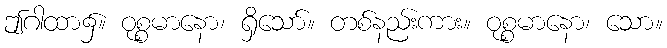
ဤဂါထာ၌။ ဝုစ္စမာနော၊ ရှိသော်။ တစ်နည်းကား။ ဝုစ္စမာနော၊ သော။